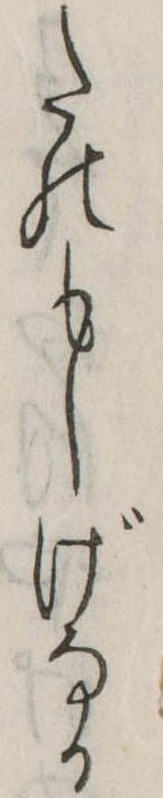
たのもしげなる